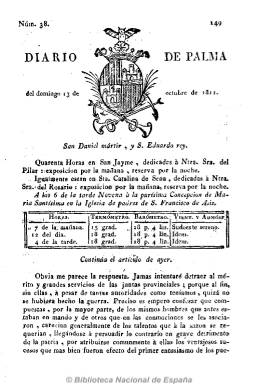
Título: Diario de Palma
Colección: Periódicos anteriores a 1850
Ámbito geográfico: Baleares
Lugar de publicación: Palma de Mallorca
Fechas: 13/10/1811-30/12/1813

Tras la caída de Tarragona en manos del ejército napoleónico en mayo de 1811, el impresor catalán Antonio Brussi se traslada a Mallorca, convertida en refugio tanto de serviles como liberales, y empieza a publicar este diario a partir del 6 de septiembre. Para ello se coaliga con otros refugiados catalanes, Antonio Pla y Baylina y, probablemente, con Juan Reyes, que pudieron actuar de redactores de un periódico que tendrá un aspecto muy parecido al Diario de Barcelona (1792), del que Brussi había sido su segundo impresor. Intervendría también en la responsabilidad de este periódico, Eulalia Ferrer, mujer del impresor.

Con frecuencia diaria, en números de cuatro páginas, la cabecera del periódico estará acompañada de un grabado con el escudo de Mallorca, y comenzará con el clásico santoral, al que se añade el culto religioso, y las notas meteorológicas y astronómicas. De carácter patriótico y fernandino, tendrá un signo más político que su competidor Diario de Mallorca, siendo crítico con quienes integran las juntas, y más polémico, de tal forma que, tras la proclamación de la Constitución, en marzo de 1812, se hará “más militante” y “agresivo”, y provocará una crisis entre Brussi y Pla, siendo impreso por Melchor Guash, y que finalizará con la intervención de la Junta de Censura, dándole la razón al primero. Será entonces cuando se publiquen más artículos propios y colaboren en sus páginas Pau Franch y el mariscal de Campo y marqués de Palacio, Luis de Villalba.

Publicará artículos de oficio, comunicados de las campañas militares, extractos de otros periódicos, noticias propias, en concreto, las “particulares” de Palma (barcos fondeados en el puerto, movimientos de correos, pérdidas, hallazgos, empleos de sirvientes, teatro, cotizaciones, avisos, etc.). Ofrecerá información de España, sus provincias, y del extranjero, tanto de Europa como de América. Y editará, asimismo, suplementos.

Con el regreso de Brussi a Cataluña, a partir del uno de noviembre de 1813, el diario pasará a ser impreso por Felip Guash.